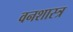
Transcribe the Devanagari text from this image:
वनशास्त्र